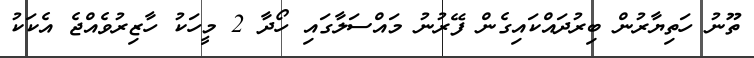
ތޫނު ހަތިޔާރުން ބިރުދައްކައިގެން ފޭރުނު މައްސަލާގައި ހޯދާ 2 މީހަކު ހާޒިރުވެއްޖެ އެކަކު